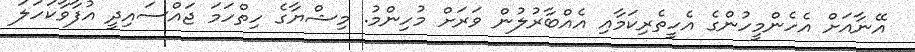
އޭނާއަށް އެހެންމީހުންގެ އެހީތެރިކަމާއި އެއްބާރުލުން ވަރަށް މުހިންމު. މިޝްޔާގެ ހިތްހަމަ ޖައްސައިދީ އުފާވާކަހަލަ